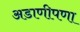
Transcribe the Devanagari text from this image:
अडाणीपणा